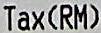
TAX(RM)